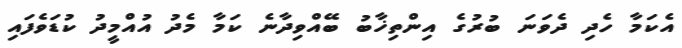
އެކަމާ ހެދި ދެވަނަ ބުރުގެ އިންތިޚާބު ބޭއްވިދާނެ ކަމާ މެދު އުއްމީދު ކުޑަވެފައި